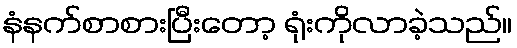
နံနက်စာစားပြီးတော့ ရုံးကိုလာခဲ့သည်။